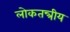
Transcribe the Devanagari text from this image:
लोकतन्त्रीय